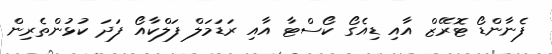
ފެނާންޑޯ ޓޮރޭޒް އާއި ޑިއެގޯ ކޯސްޓާ އާއި ރަޑަމަލް ފަލްކާއޯ ފަދަ ކުޅުންތެރިން